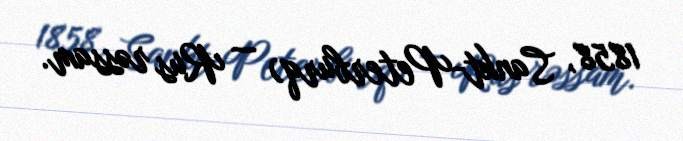
1858, Sankt-Peterburq) — Rus rəssam.